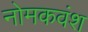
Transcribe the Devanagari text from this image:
नोमकवंश